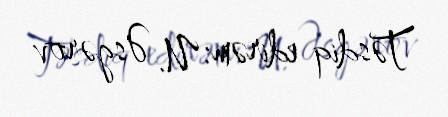
Təsdiq edirəm: U. Əsgərov